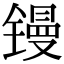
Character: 镘